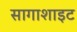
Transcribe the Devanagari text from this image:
सागाशाइट